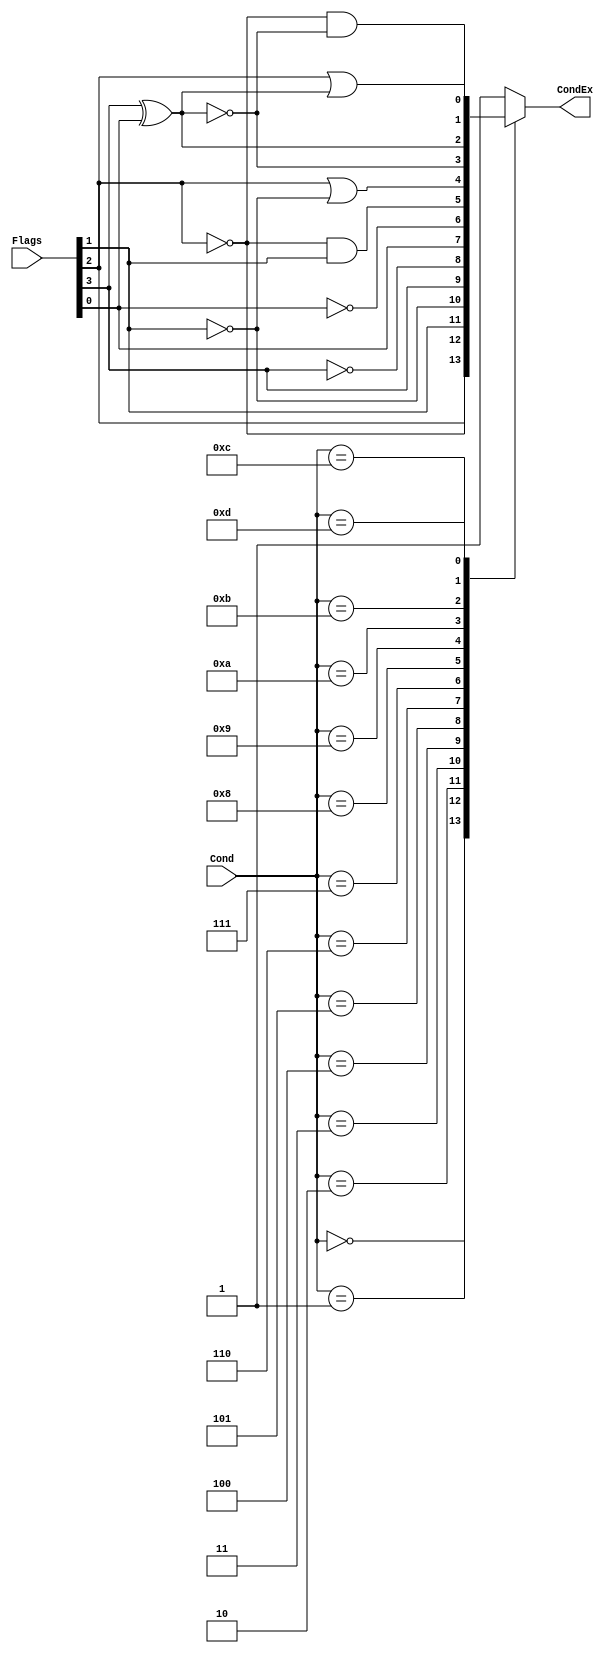
module ConditionCheck(
	input [3:0] Cond,
	input [3:0] Flags,			// Flags[3:0] = NZCV
	output reg CondEx);

always @(*)
begin
	case(Cond)
	4'b0000: 
	begin
		// EQ
		CondEx = Flags[2];
	end
	4'b0001: 
	begin
		// NE
		CondEx = ~Flags[2];
	end
	4'b0010: 
	begin
		// CS/HS
		CondEx = Flags[1];
	end
	4'b0011: 
	begin
		// CC/LO
		CondEx = ~Flags[1];
	end
	4'b0100: 
	begin
		// MI
		CondEx = Flags[3];
	end
	4'b0101: 
	begin
		// PL
		CondEx = ~Flags[3];
	end
	4'b0110: 
	begin
		// VS
		CondEx = Flags[0];
	end
	4'b0111: 
	begin
		// VC
		CondEx = ~Flags[0];
	end
	4'b1000: 
	begin
		// HI
		CondEx = (~Flags[2]) & Flags[1];
	end
	4'b1001: 
	begin
		// LS
		CondEx = Flags[2] | (~Flags[1]);
	end
	4'b1010: 
	begin
		// GE
		CondEx = ~(Flags[3] ^ Flags[0]);
	end
	4'b1011: 
	begin
		// LT
		CondEx = Flags[3] ^ Flags[0];
	end
	4'b1100: 
	begin
		// GT
		CondEx = (~Flags[2]) & (~(Flags[3] ^ Flags[0]));
	end
	4'b1101: 
	begin
		// LE
		CondEx = Flags[2] | (Flags[3] ^ Flags[0]);
	end
	default: CondEx = 1'b1;			//always or not defined
	endcase
end	
	
endmodule